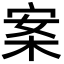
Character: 案